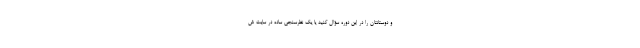
و دوستانتان را در این دوره سؤال کنید یا یک نظرسنجی ساده در سایت ش